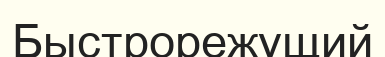
Быстрорежущий